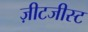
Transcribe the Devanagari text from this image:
ज़ीटजीस्ट